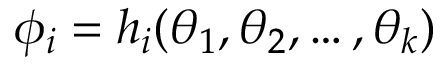
\phi _ { i } = h _ { i } ( \theta _ { 1 } , \theta _ { 2 } , \ldots , \theta _ { k } )